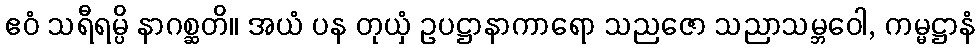
ဧဝံ သရီရမ္ပိ နာဂစ္ဆတိ။ အယံ ပန တုယှံ ဥပဋ္ဌာနာကာရော သညဇော သညာသမ္ဘဝေါ, ကမ္မဋ္ဌာနံ